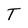
Character: T